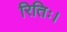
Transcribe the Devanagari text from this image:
रितिः।